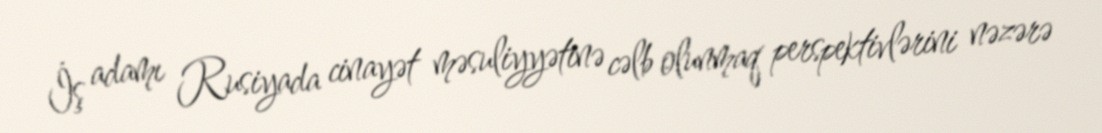
İş adamı Rusiyada cinayət məsuliyyətinə cəlb olunmaq perspektivlərini nəzərə